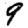
Digit: 9